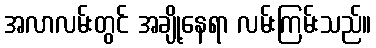
အလာလမ်းတွင် အချို့နေရာ လမ်းကြမ်းသည်။